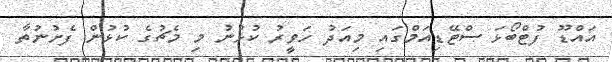
އައްޑޫ ފުޓްބޯޅަ ސްޓޭޑިއަމްގައި މިއަދު ހަވީރު ކުޅުނު މި މެޗުގެ ކުޅުން ފެށުނުތާ